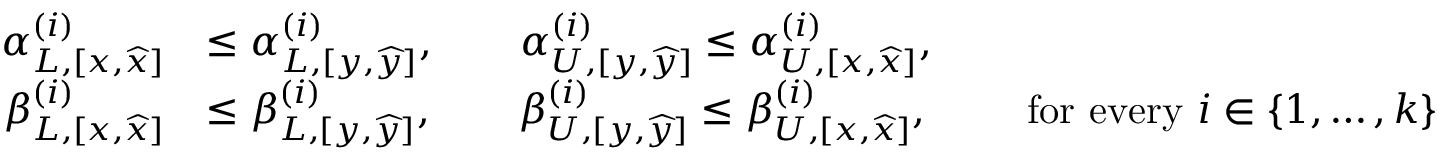
\begin{array} { r l } { \alpha _ { L , [ x , \widehat { x } ] } ^ { ( i ) } } & { \le \alpha _ { L , [ y , \widehat { y } ] } ^ { ( i ) } , \qquad \alpha _ { U , [ y , \widehat { y } ] } ^ { ( i ) } \le \alpha _ { U , [ x , \widehat { x } ] } ^ { ( i ) } , } \\ { \beta _ { L , [ x , \widehat { x } ] } ^ { ( i ) } } & { \le \beta _ { L , [ y , \widehat { y } ] } ^ { ( i ) } , \qquad \beta _ { U , [ y , \widehat { y } ] } ^ { ( i ) } \le \beta _ { U , [ x , \widehat { x } ] } ^ { ( i ) } , \qquad \mathrm { ~ f o r ~ e v e r y ~ } i \in \{ 1 , \ldots , k \} } \end{array}